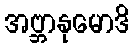
အဗ္ဘာနုမောဒိ